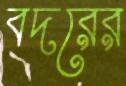
বদরের